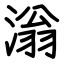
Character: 滃